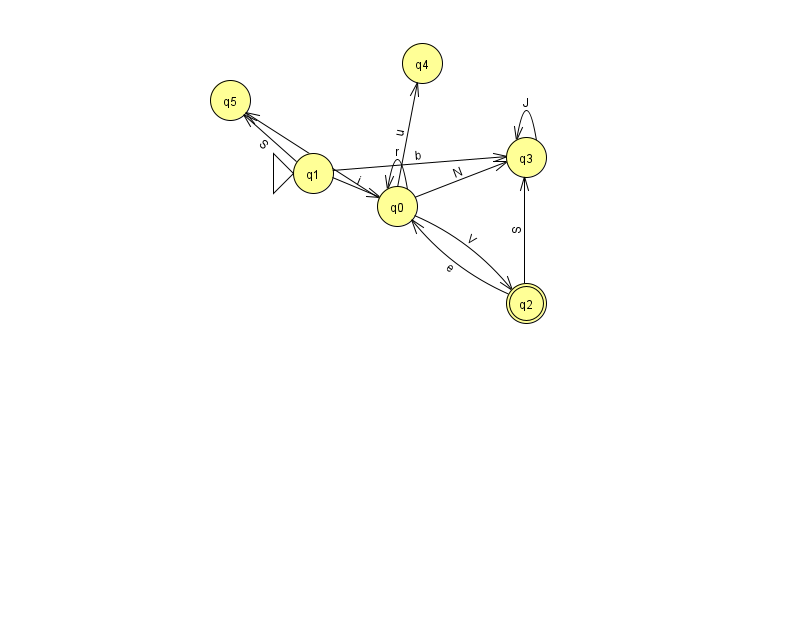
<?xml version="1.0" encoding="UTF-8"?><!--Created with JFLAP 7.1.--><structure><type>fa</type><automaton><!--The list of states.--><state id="0" name="q0"><x>397.0</x><y>193.0</y></state><state id="1" name="q1"><x>313.0</x><y>160.0</y><initial/></state><state id="2" name="q2"><x>526.0</x><y>290.0</y><final/></state><state id="3" name="q3"><x>526.0</x><y>144.0</y></state><state id="4" name="q4"><x>422.0</x><y>50.0</y></state><state id="5" name="q5"><x>230.0</x><y>87.0</y></state><!--The list of transitions.--><transition><from>1</from><to>5</to><read>S</read></transition><transition><from>2</from><to>0</to><read>e</read></transition><transition><from>0</from><to>0</to><read>r</read></transition><transition><from>0</from><to>2</to><read>V</read></transition><transition><from>0</from><to>4</to><read>u</read></transition><transition><from>1</from><to>3</to><read>b</read></transition><transition><from>2</from><to>3</to><read>S</read></transition><transition><from>3</from><to>3</to><read>J</read></transition><transition><from>0</from><to>5</to><read>j</read></transition><transition><from>1</from><to>0</to><read>i</read></transition><transition><from>0</from><to>3</to><read>N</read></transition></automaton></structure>